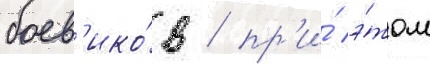
боев'ико́в / пр'и́ э́том